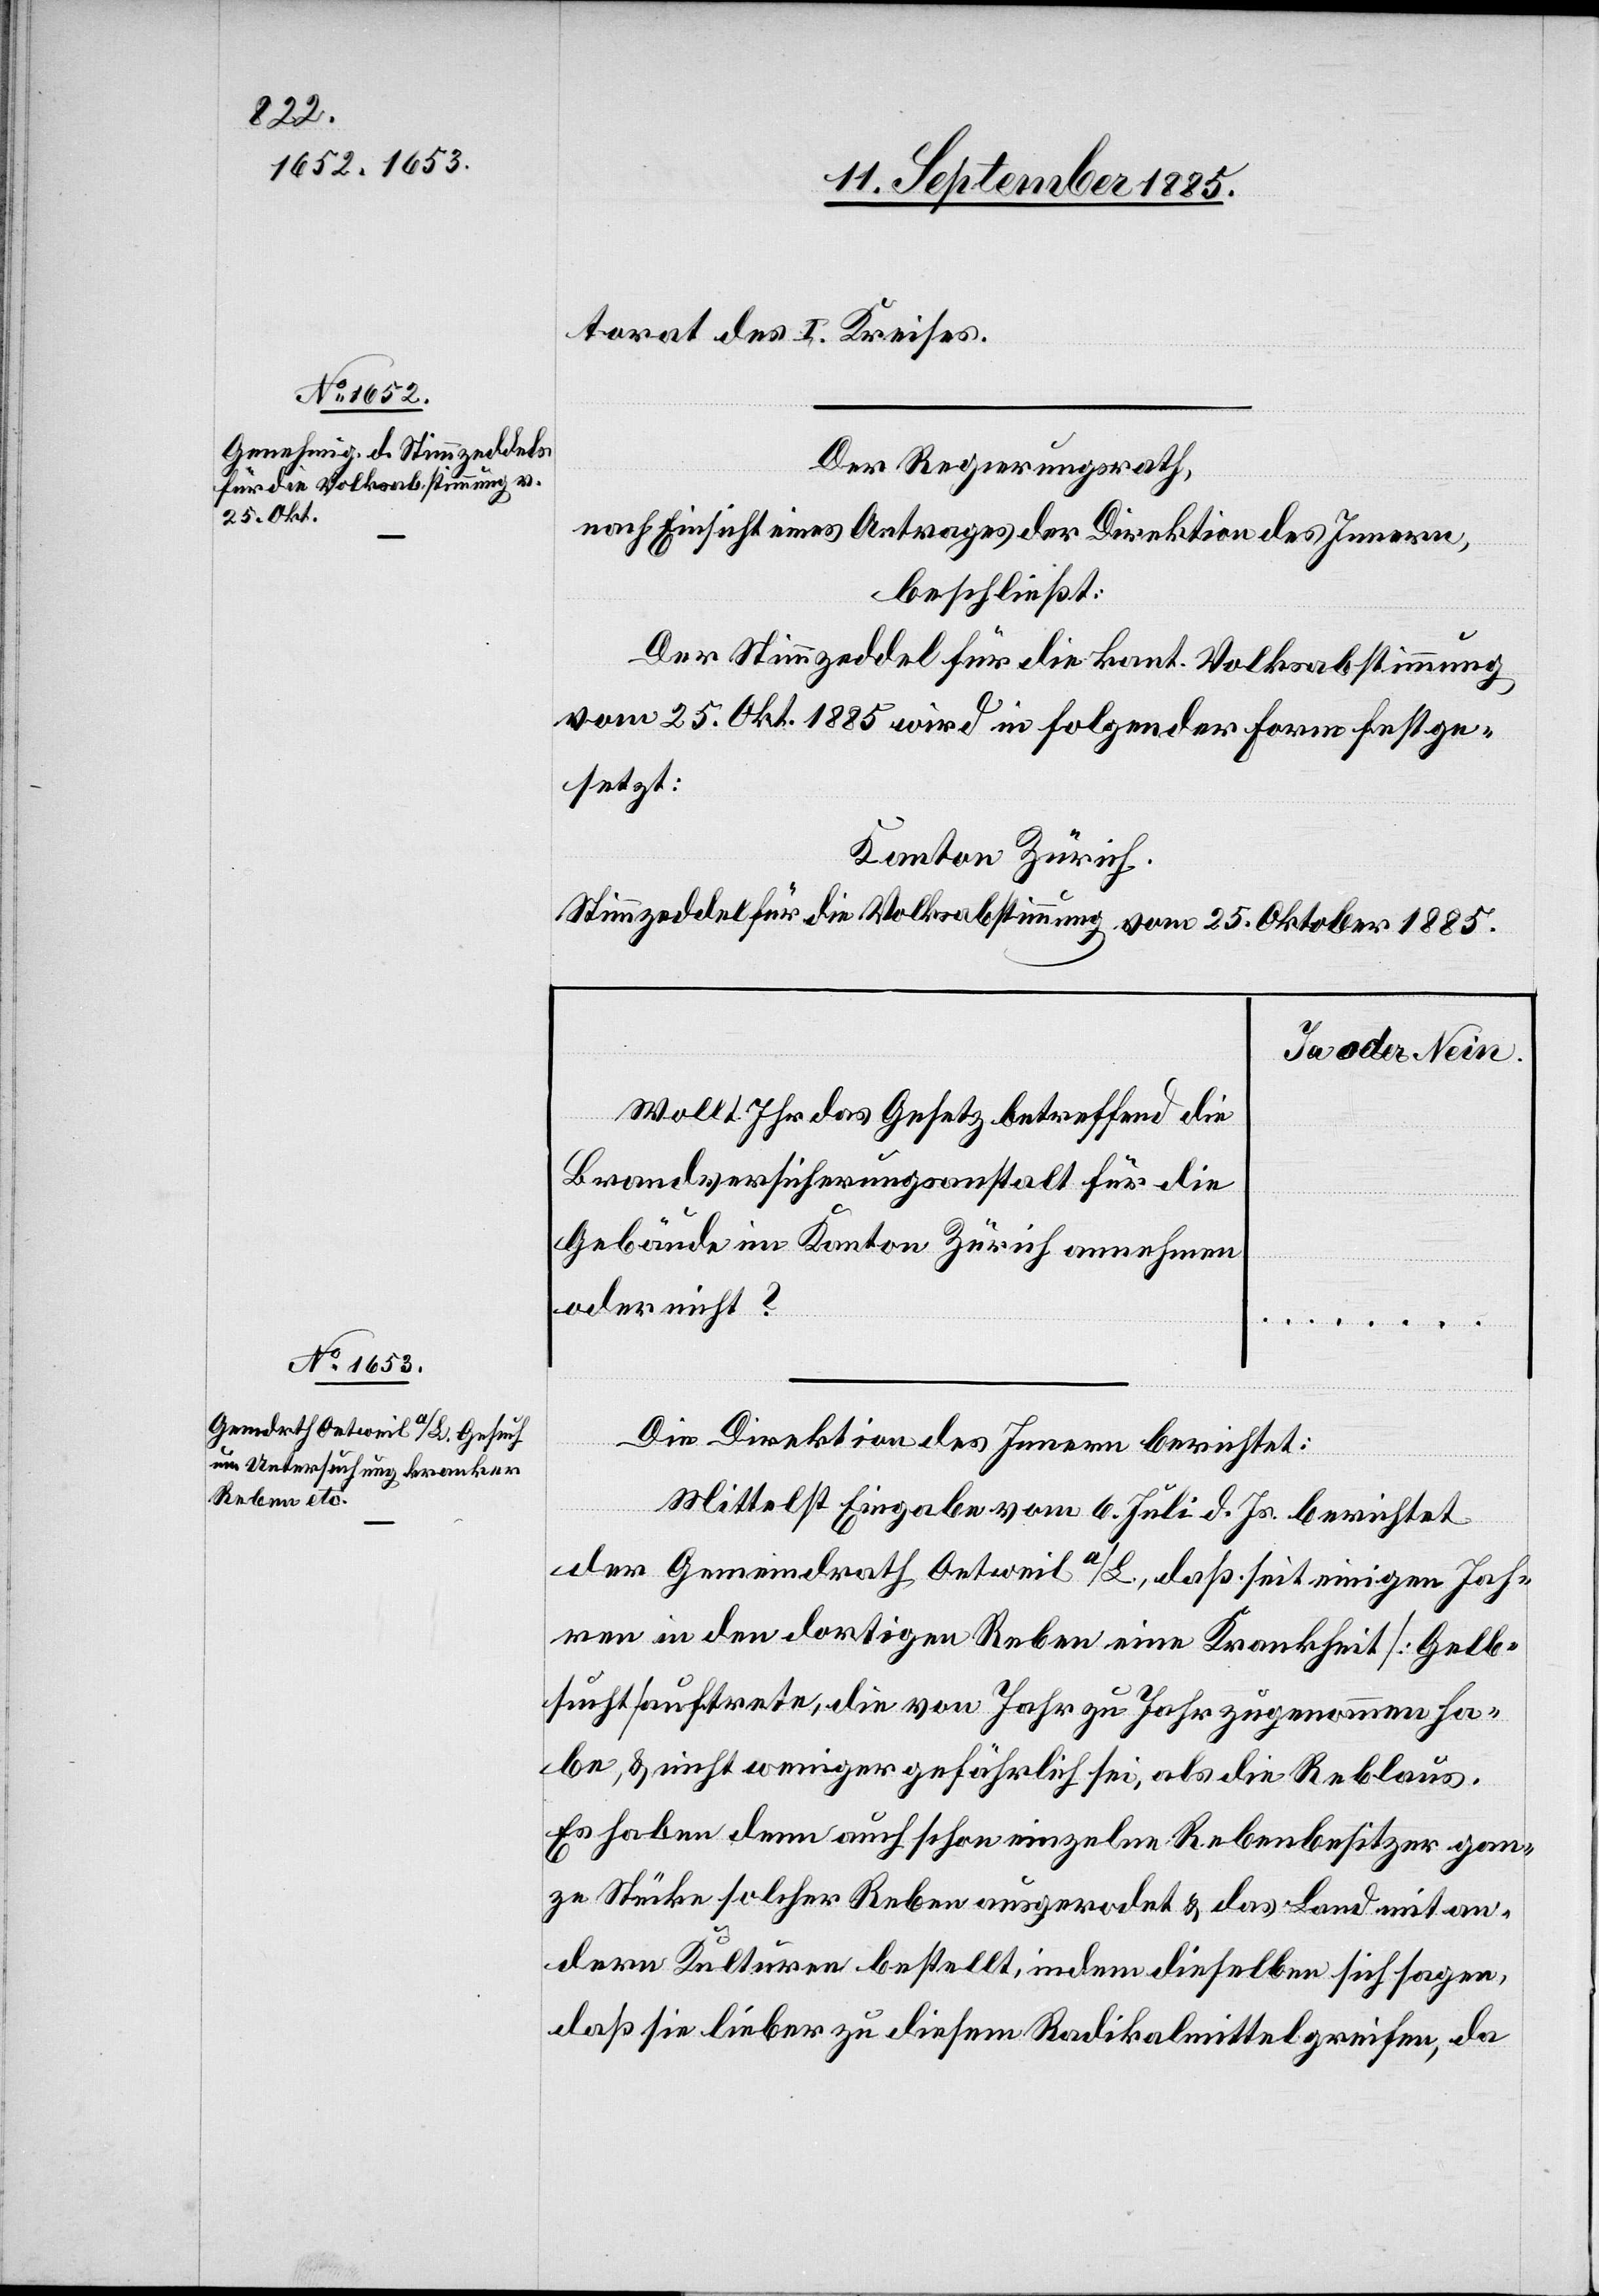
torat des I. Kreises.
Der Regierungsrath,
nach Einsicht eines Antrages der Direktion des Innern,
beschließt:
Der Stimmzeddel für die kant. Volksabstimmung
vom 25. Okt. 1885 wird in folgender Form festge¬
setzt:
Kanton Zürich.
Stimmzeddel für die Volksabstimmung vom 25. Oktober 1885.
Ja oder Nein
Wollt Ihr das Gesetz betreffend die
Brandversicherungsanstalt für die
Gebäude im Kanton Zürich annehmen
oder nicht?
Die Direktion des Innern berichtet:
…
Mittelst Eingabe vom 6. Juli d. Js. berichtet
der Gemeindrath Oetweil a/L., daß seit einigen Jah¬
ren in den dortigen Reben eine Krankheit [Gelb¬
sucht] auftrete, die von Jahr zu Jahr zugenommen ha¬
be, & nicht weniger gefährlich sei, als die Reblaus.
Es haben denn auch schon einzelne Rebenbesitzer gan¬
ze Stücke solcher Reben ausgerodet & das Land mit an¬
deren Kulturen bestellt, indem dieselben sich sagen,
daß sie lieber zu diesem Radikalmittel greifen, da